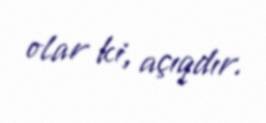
olar ki, açıqdır.